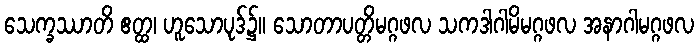
သေက္ခဿာတိ ဧတ္ထ၊ ဟူသောပုဒ်၌။ သောတာပတ္တိမဂ္ဂဖလ သကဒါဂါမိမဂ္ဂဖလ အနာဂါမဂ္ဂဖလ